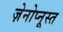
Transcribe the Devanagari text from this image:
ज़ेनोप्नूस्त